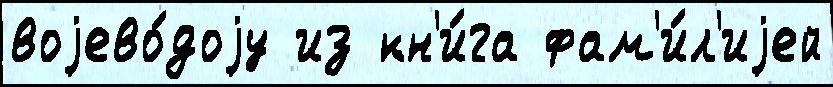
воjево́доjу из кн'и́га фам'и́л'иjей